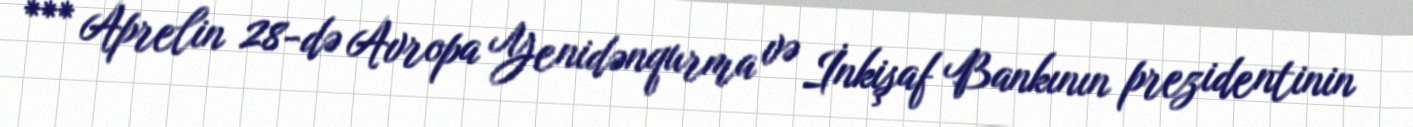
*** Aprelin 28-də Avropa Yenidənqurma və İnkişaf Bankının prezidentinin